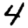
Digit: 4